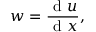
w = \frac { \mathrm { ~ d ~ } u } { \mathrm { ~ d ~ } x } ,